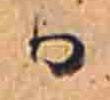
か